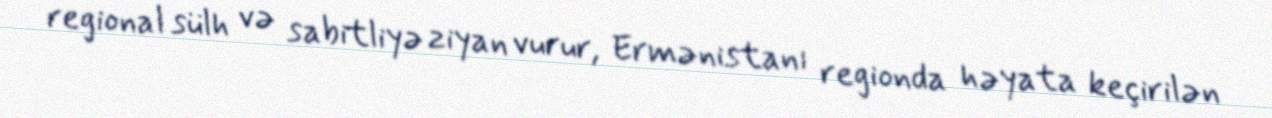
regional sülh və sabitliyə ziyan vurur, Ermənistanı regionda həyata keçirilən